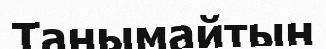
Танымайтын